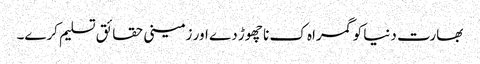
بھارت دنیا کو گمراہ ک نا چھوڑ دے اور زمینی حقائق تسلیم کرے۔